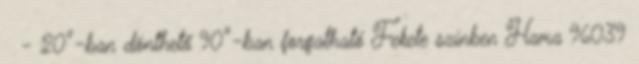
- 20°-ban dönthető 90°-ban forgatható Fekete színben Hama 96039